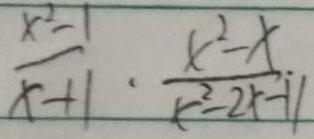
\frac { x ^ { 2 } - 1 } { x + 1 } \cdot \frac { x ^ { 2 } - x } { r ^ { 2 } - 2 x - 1 1 }